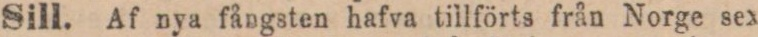
Sill. Af nya fångsten hafva tillförts från Norge sex